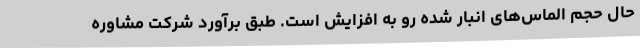
حال حجم الماس‌های انبار شده رو به افزایش است. طبق برآورد شرکت مشاوره